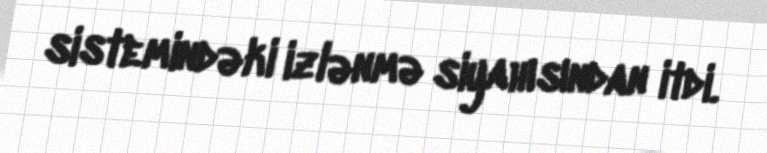
sistemindəki izlənmə siyahısından itdi.